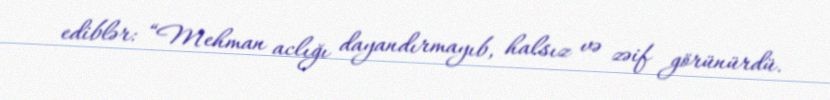
ediblər: “Mehman aclığı dayandırmayıb, halsız və zəif görünürdü.